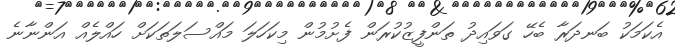
އެކަމަކު ބަނދަރާ ބެހޭ ގަވައިދު ތަންފީޒުކުރަން ފެށުމުން މިކަހަލަ މައްސަލަތަކަށް ހައްލެއް އަންނާނެ